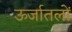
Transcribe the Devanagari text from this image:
ऊर्जातलों